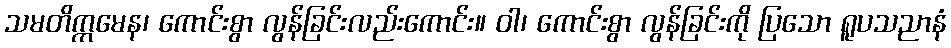
သမတိက္ကမေန၊ ကောင်းစွာ လွန်ခြင်းလည်းကောင်း။ ဝါ၊ ကောင်းစွာ လွန်ခြင်းကို ပြသော ရူပသညာနံ